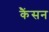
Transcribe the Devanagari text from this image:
कैंसन